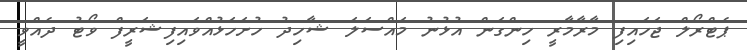
ޕެޓްރޯލް ޖަހައިފި މާރާމާރީ ހިންގަން އުޅުނު މައްސަލަ ޝާހިދު ހުށަހަޅުއްވައިފިޝަރީފް ވޯޓު ދެއްވީ